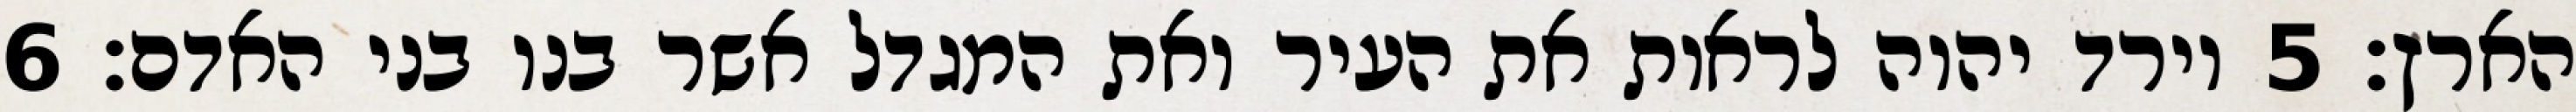
הארץ׃ ‎5‏ וירד יהוה לראות את העיר ואת המגדל אשר בנו בני האדם׃ ‎6‏